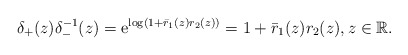
\begin{align*}\delta_{+}(z) \delta_{-}^{-1}(z)=\mathrm{e}^{\log \left(1+\bar{r}_1(z) r_2(z)\right)}=1+\bar{r}_1(z) r_2(z),z \in \mathbb{R}.\end{align*}